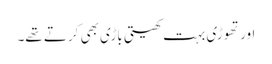
اور تھوڑی بہت کھیتی باڑی بھی کرتے تھے۔